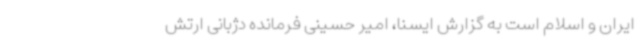
ایران و اسلام است به گزارش ایسنا، امیر حسینی فرمانده دژبانی ارتش